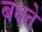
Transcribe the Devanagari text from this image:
बधते